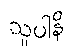
သူပါနိ